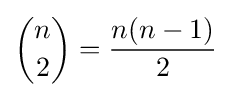
{\binom {n}{2}}={\frac {n(n-1)}{2}}